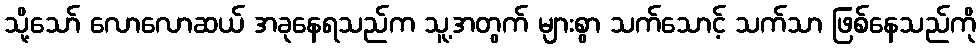
သို့သော် လောလောဆယ် အခုနေရသည်က သူ့အတွက် များစွာ သက်သောင့် သက်သာ ဖြစ်နေသည်ကို